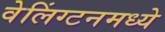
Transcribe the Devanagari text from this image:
वेलिंग्टनमध्ये